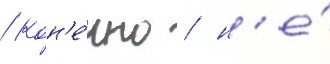
/ кон'е́чно / н'е́